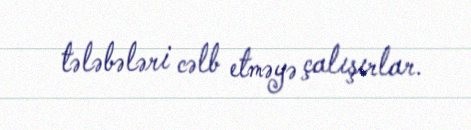
tələbələri cəlb etməyə çalışırlar.